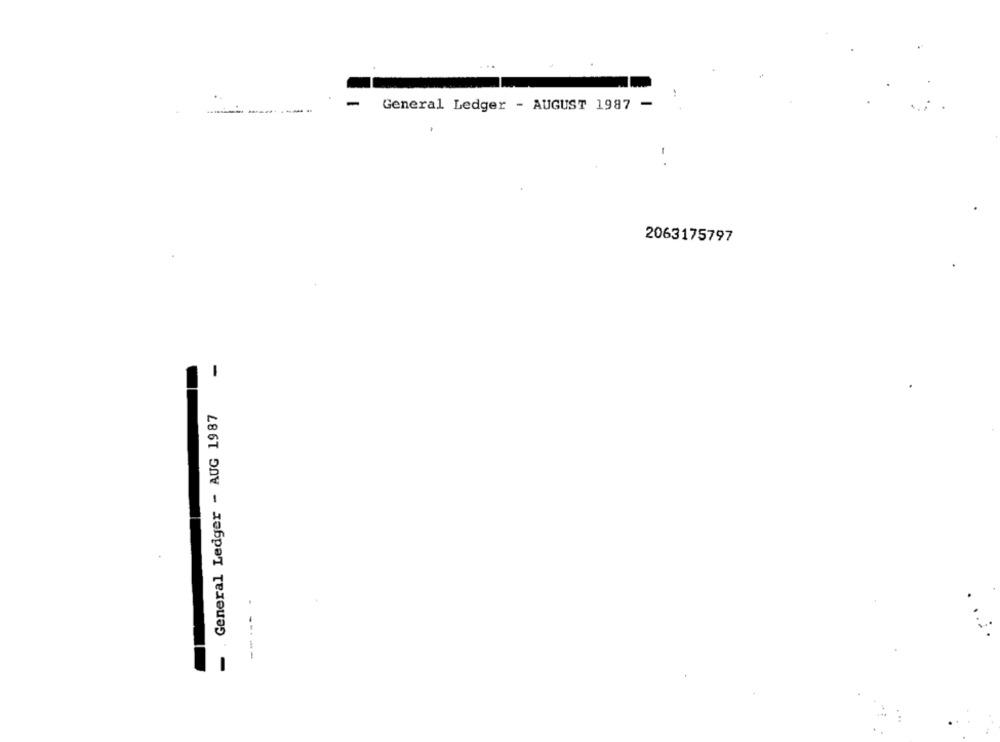
-
--
General Ledger - AUGUST 1987
-.
2063175797
-
General Ledger - AUG 1987
--